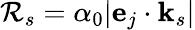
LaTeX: {\cal R}_{s}=\alpha_{0}|\mathbf{e}_{j}\cdot\mathbf{k}_{s}|